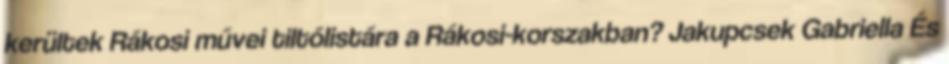
kerültek Rákosi művei tiltólistára a Rákosi-korszakban? Jakupcsek Gabriella És